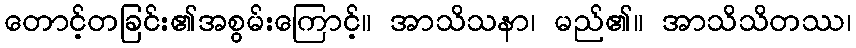
တောင့်တခြင်း၏အစွမ်းကြောင့်။ အာသိသနာ၊ မည်၏။ အာသိသိတဿ၊